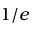
1 / e